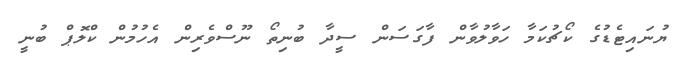
ޔުނައިޓެޑުގެ ކޯޗުކަމާ ހަވާލުވާން ފާގަސަން ސީދާ ބުނިތޯ ނޫސްވެރިން އެހުމުން ކްލޮޕް ބުނީ